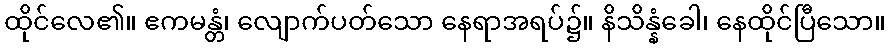
ထိုင်လေ၏။ ဧကမန္တံ၊ လျောက်ပတ်သော နေရာအရပ်၌။ နိသိန္နံခေါ၊ နေထိုင်ပြီသော။